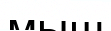
мыш